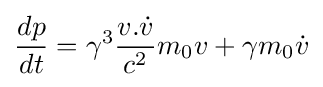
{\frac {dp}{dt}}=\gamma ^{3}{\frac {v.{\dot {v}}}{c^{2}}}m_{0}v+\gamma m_{0}{\dot {v}}